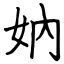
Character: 妠